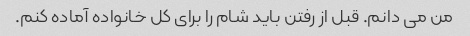
من می دانم. قبل از رفتن باید شام را برای کل خانواده آماده کنم.